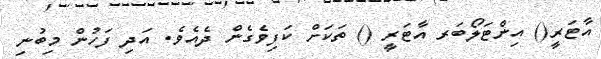
އާޓަރީ() އިންޓަލޯބަރ އާޓަރީ () ތަކަށް ކަފިވެގެން ދެއެވެ. އަދި ފަހުން މިބުނި